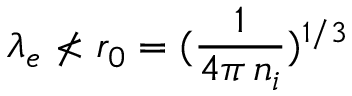
\lambda _ { e } \nless r _ { 0 } = ( \frac { 1 } { 4 \pi \, n _ { i } } ) ^ { 1 / 3 }